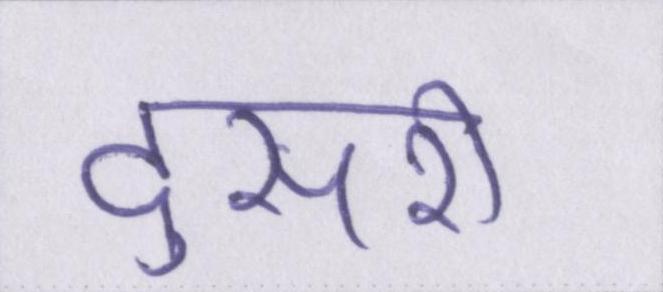
दुसरी